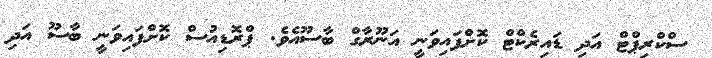
ސްކްރިޕްޓް އަދި ޑައިރެކްޓް ކޮށްފައިވަނީ އަނޫރާގް ބާސޫއެވެ. ޕްރޮޑިއުސް ކޮށްފައިވަނީ ބާސޫ އަދި